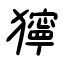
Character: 獰